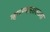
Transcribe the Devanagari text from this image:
म्हणण्यासारख्या